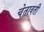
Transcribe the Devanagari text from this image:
चेतावती